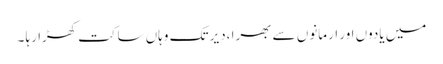
میں یادوں اور ارمانوں سے بھرا ،دیر تک وہاں ساکت کھڑا رہا ۔